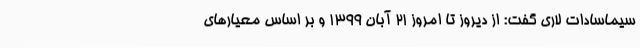
سیماسادات لاری گفت: از دیروز تا امروز 21 آبان 1399 و بر اساس معیارهای